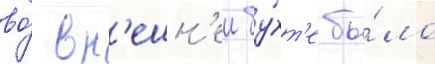
во́ вн'ешн'еи бу́хт'е бы́ло